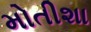
મોતીશા